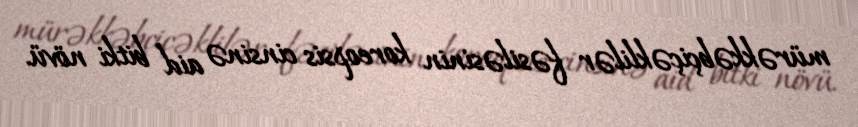
mürəkkəbçiçəklilər fəsiləsinin koreopsis cinsinə aid bitki növü.